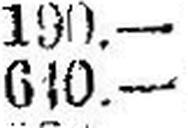
610.—